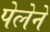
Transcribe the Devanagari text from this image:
पेलेने